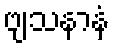
ဗျသနာနံ